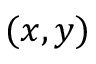
( x , y )